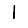
Digit: 1